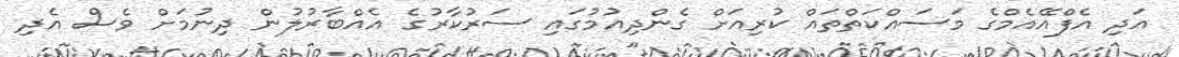
އަދި އެފްއޭއެމްގެ މަސައްކަތްތައް ކުރިއަށް ގެންދިއުމުގައި ސަރުކާރުގެ އެއްބާރުލުން ދިނުމަށް ވެސް އެދި